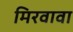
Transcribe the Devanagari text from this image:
मिरवावा